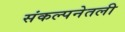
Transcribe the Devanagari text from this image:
संकल्पनेतली